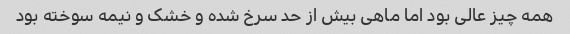
همه چیز عالی بود اما ماهی بیش از حد سرخ شده و خشک و نیمه سوخته بود